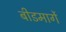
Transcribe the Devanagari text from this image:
बीडमार्गे